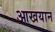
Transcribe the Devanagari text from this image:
आखयान